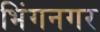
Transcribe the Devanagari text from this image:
भिंगनगर